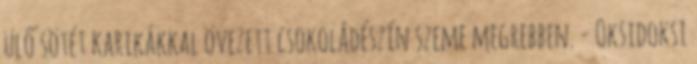
ülő sötét karikákkal övezett csokoládészín szeme megrebben. - Oksidoksi